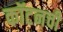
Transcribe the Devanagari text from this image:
कॉटनची